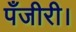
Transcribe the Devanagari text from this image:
पँजीरी।